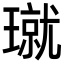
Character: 𪼝